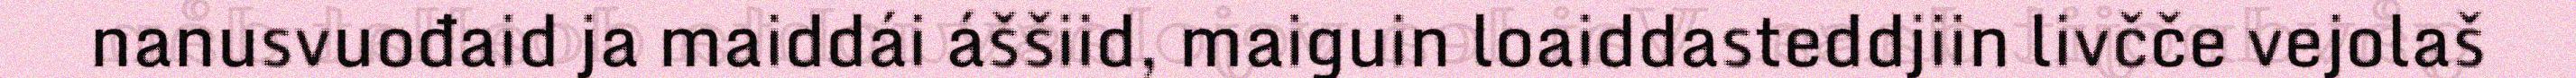
nanusvuođaid ja maiddái áššiid, maiguin loaiddasteddjiin livčče vejolaš